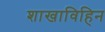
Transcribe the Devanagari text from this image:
शाखाविहिन